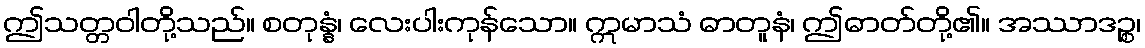
ဤသတ္တဝါတို့သည်။ စတုန္နံ၊ လေးပါးကုန်သော။ ဣမာသံ ဓာတူနံ၊ ဤဓာတ်တို့၏။ အဿာဒဉ္စ၊